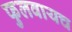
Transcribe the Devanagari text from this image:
फुलवायच